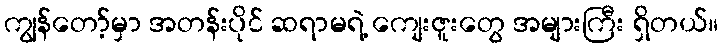
ကျွန်တော့်မှာ အတန်းပိုင် ဆရာမရဲ့ ကျေးဇူးတွေ အများကြီး ရှိတယ်။